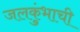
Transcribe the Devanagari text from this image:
जलकुंभाची